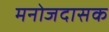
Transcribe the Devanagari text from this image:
मनोजदासक